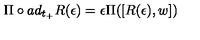
\Pi \circ a d _ { t _ { + } } R ( \epsilon ) = \epsilon \Pi ( [ R ( \epsilon ) , w ] )